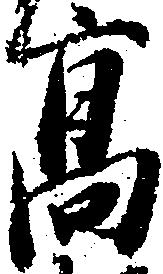
高